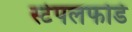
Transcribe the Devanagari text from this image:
स्टेपलफोर्ड